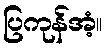
ပြကုန်အံ့။